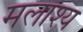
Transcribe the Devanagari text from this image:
मलाश्य